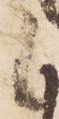
候